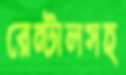
রেন্টালসহ